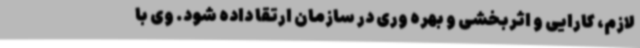
لازم، کارایی و اثربخشی و بهره وری در سازمان ارتقا داده شود. وی با